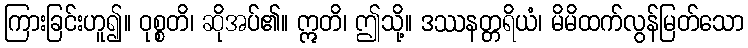
ကြားခြင်းဟူ၍။ ဝုစ္စတိ၊ ဆိုအပ်၏။ ဣတိ၊ ဤသို့။ ဒဿနတ္တရိယံ၊ မိမိထက်လွန်မြတ်သော